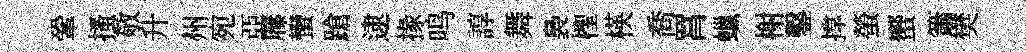
鞏搔敬升州宛亞屧蠻蹌逮掾鸣諄舞裊檉楧喬罥蠟榭鑿撑螢蠁簫樊